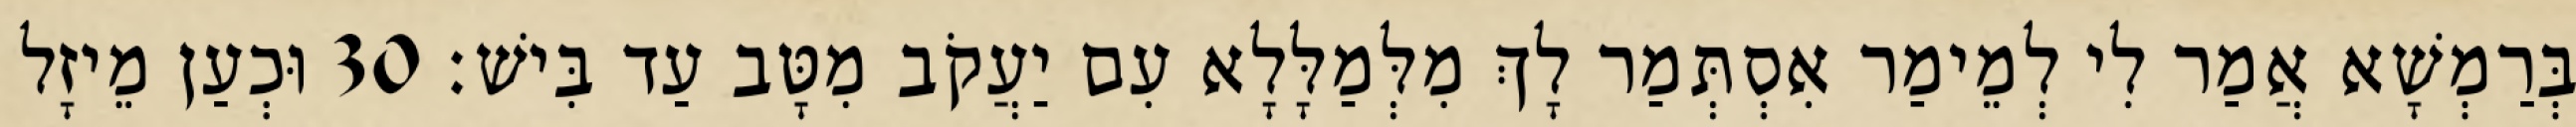
בְּרַמְשָׁא אֲמַר לִי לְמֵימַר אִסְתְּמַר לָךְ מִלְּמַלָּלָא עִם יַעֲקֹב מִטָּב עַד בִּישׁ׃ 30 וּכְעַן מֵיזָל